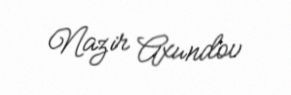
Nazir Axundov